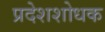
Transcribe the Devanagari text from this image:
प्रदेशशोधक